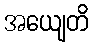
အယျေတိ